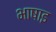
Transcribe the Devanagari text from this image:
भाषाइ